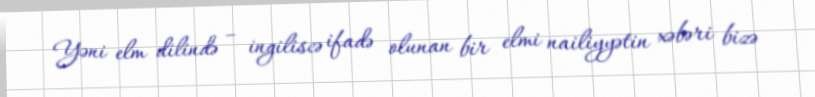
Yəni elm dilində – ingiliscə ifadə olunan bir elmi nailiyyətin xəbəri bizə